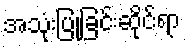
အသုံးပြုခြင်းဆိုင်ရာ